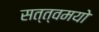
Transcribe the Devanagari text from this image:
सत्त्वमयो